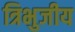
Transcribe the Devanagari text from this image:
त्रिभुजीय